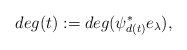
\begin{align*} deg(t):=deg(\psi_{d(t)}^* e_{\lambda}),\end{align*}